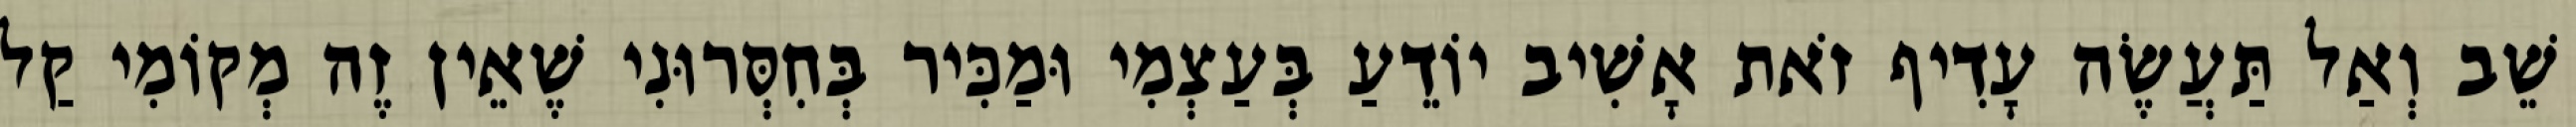
שֵׁב וְאַל תַּעֲשֶׂה עָדִיף זֹאת אָשִׁיב יוֹדֵעַ בְּעַצְמִי וּמַכִּיר בְּחִסְּרוּנִי שֶׁאֵין זֶה מְקוֹמִי קַל